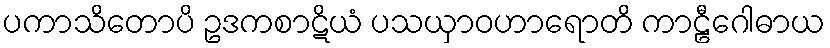
ပကာသိတောပိ ဥဒကစာဋိယံ ပသယှာဝဟာရောတိ ကာဠီဂေါဓာယ